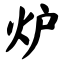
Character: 炉